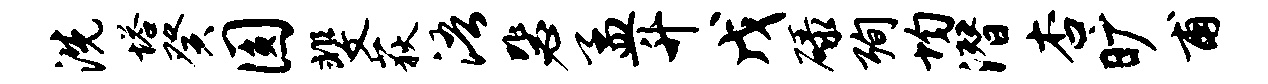
洗塔癸圆斐荻浯毖孟升戊碌殉均潜杏旷甫